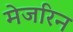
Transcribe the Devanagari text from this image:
मेजरिन